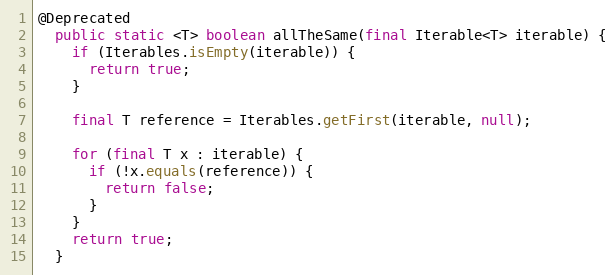
Language: Java
@Deprecated
  public static <T> boolean allTheSame(final Iterable<T> iterable) {
    if (Iterables.isEmpty(iterable)) {
      return true;
    }

    final T reference = Iterables.getFirst(iterable, null);

    for (final T x : iterable) {
      if (!x.equals(reference)) {
        return false;
      }
    }
    return true;
  }